Plague in India, 1896, 1897 - Volume 2
Year: 1896
Disease focus: Plague
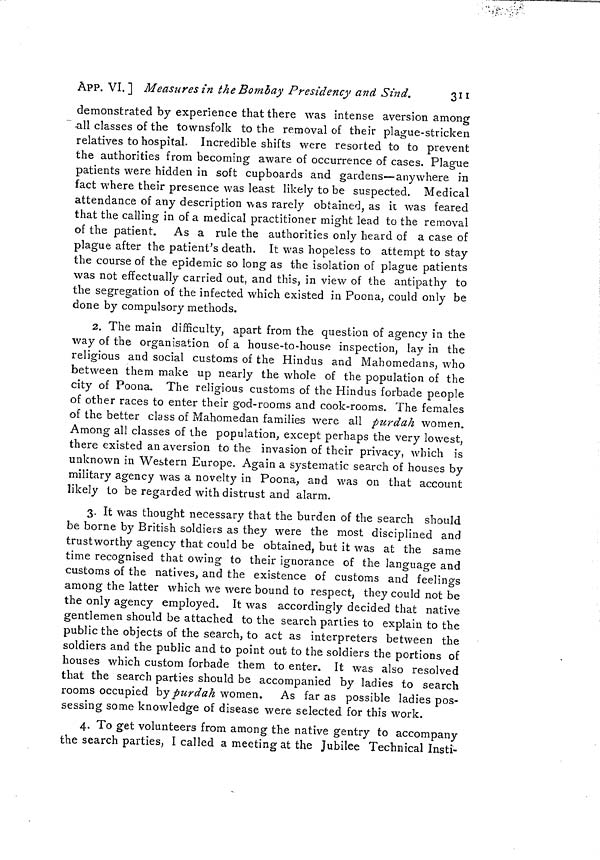
APP. VI.] Measures in the Bombay Presidency and Sind.
3II
demonstrated by experience that there was intense aversion among
all classes of the townsfolk to the removal of their plague-stricken
relatives to hospital. Incredible shifts were resorted to to prevent
the authorities from becoming aware of occurrence of cases. Plague
patients were hidden in soft cupboards and gardens—anywhere in
fact where their presence was least likely to be suspected. Medical
attendance of any description was rarety obtained, as it was feared
that the calling in of a medical practitioner might lead to the removal
of the patient. As a rule the authorities only heard of a case of
plague after the patient's death. It was hopeless to attempt to stay
the course of the epidemic so long as the isolation of plague patients
was not effectually carried out, and this, in view of the antipathy to
the segregation of the infected which existed in Poona, could only be
done by compulsory methods.
2. The main difficulty, apart from the question of agency in the
way of the organisation of a house-to-house inspection, lay in the
religious and social customs of the Hindus and Mahomedans, who
between them make up nearly the whole of the population of the
city of Poona. The religious customs of the Hindus forbade people
of other races to enter their god-rooms and cook-rooms. The females
of the better class of Mahomedan families were all purdah women.
Among all classes of the population, except perhaps the very lowest,
there existed an aversion to the invasion of their privacy, which is
unknown in Western Europe. Again a systematic search of houses by
military agency was a novelty in Poona, and was on that account
likely to be regarded with distrust and alarm.
3. It was thought necessary that the burden of the search should
be borne by British soldiers as they were the most disciplined and
trustworthy agency that could be obtained, but it was at the same
time recognised that owing to their ignorance of the language and
customs of the natives, and the existence of customs and feelings
among the latter which we were bound to respect, they could not be
the only agency employed. It was accordingly decided that native
gentlemen should be attached to the search parties to explain to the
public the objects of the search, to act as interpreters between the
soldiers and the public and to point out to the soldiers the portions of
houses which custom forbade them to enter. It was also resolved
that the search parties should be accompanied by ladies to search
rooms occupied by purdah women. As far as possible ladies pos-
sessing some knowledge of disease were selected for this work.
4. To get volunteers from among the native gentry to accompany
the search parties, I called a meeting at the Jubilee Technical Insti-